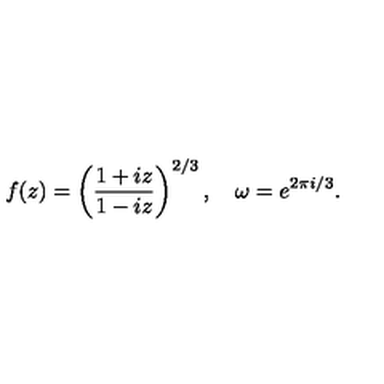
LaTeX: f ( z ) = \left( \frac { 1 + i z } { 1 - i z } \right) ^ { 2 / 3 } , \quad \omega = e ^ { 2 \pi i / 3 } .